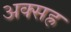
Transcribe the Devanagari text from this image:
अक्सह्र